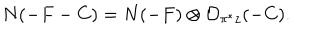
N ( - F - C ) = N ( - F ) \otimes { \cal O } _ { \pi ^ { * } z } ( - C ) .